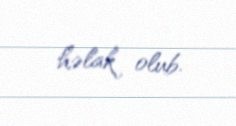
həlak olub.